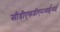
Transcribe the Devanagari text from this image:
सीडीएफडीएनआईआई